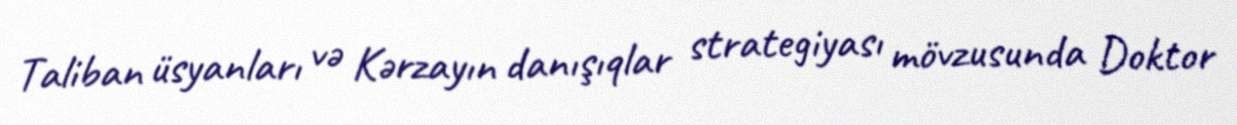
Taliban üsyanları və Kərzayın danışıqlar strategiyası mövzusunda Doktor